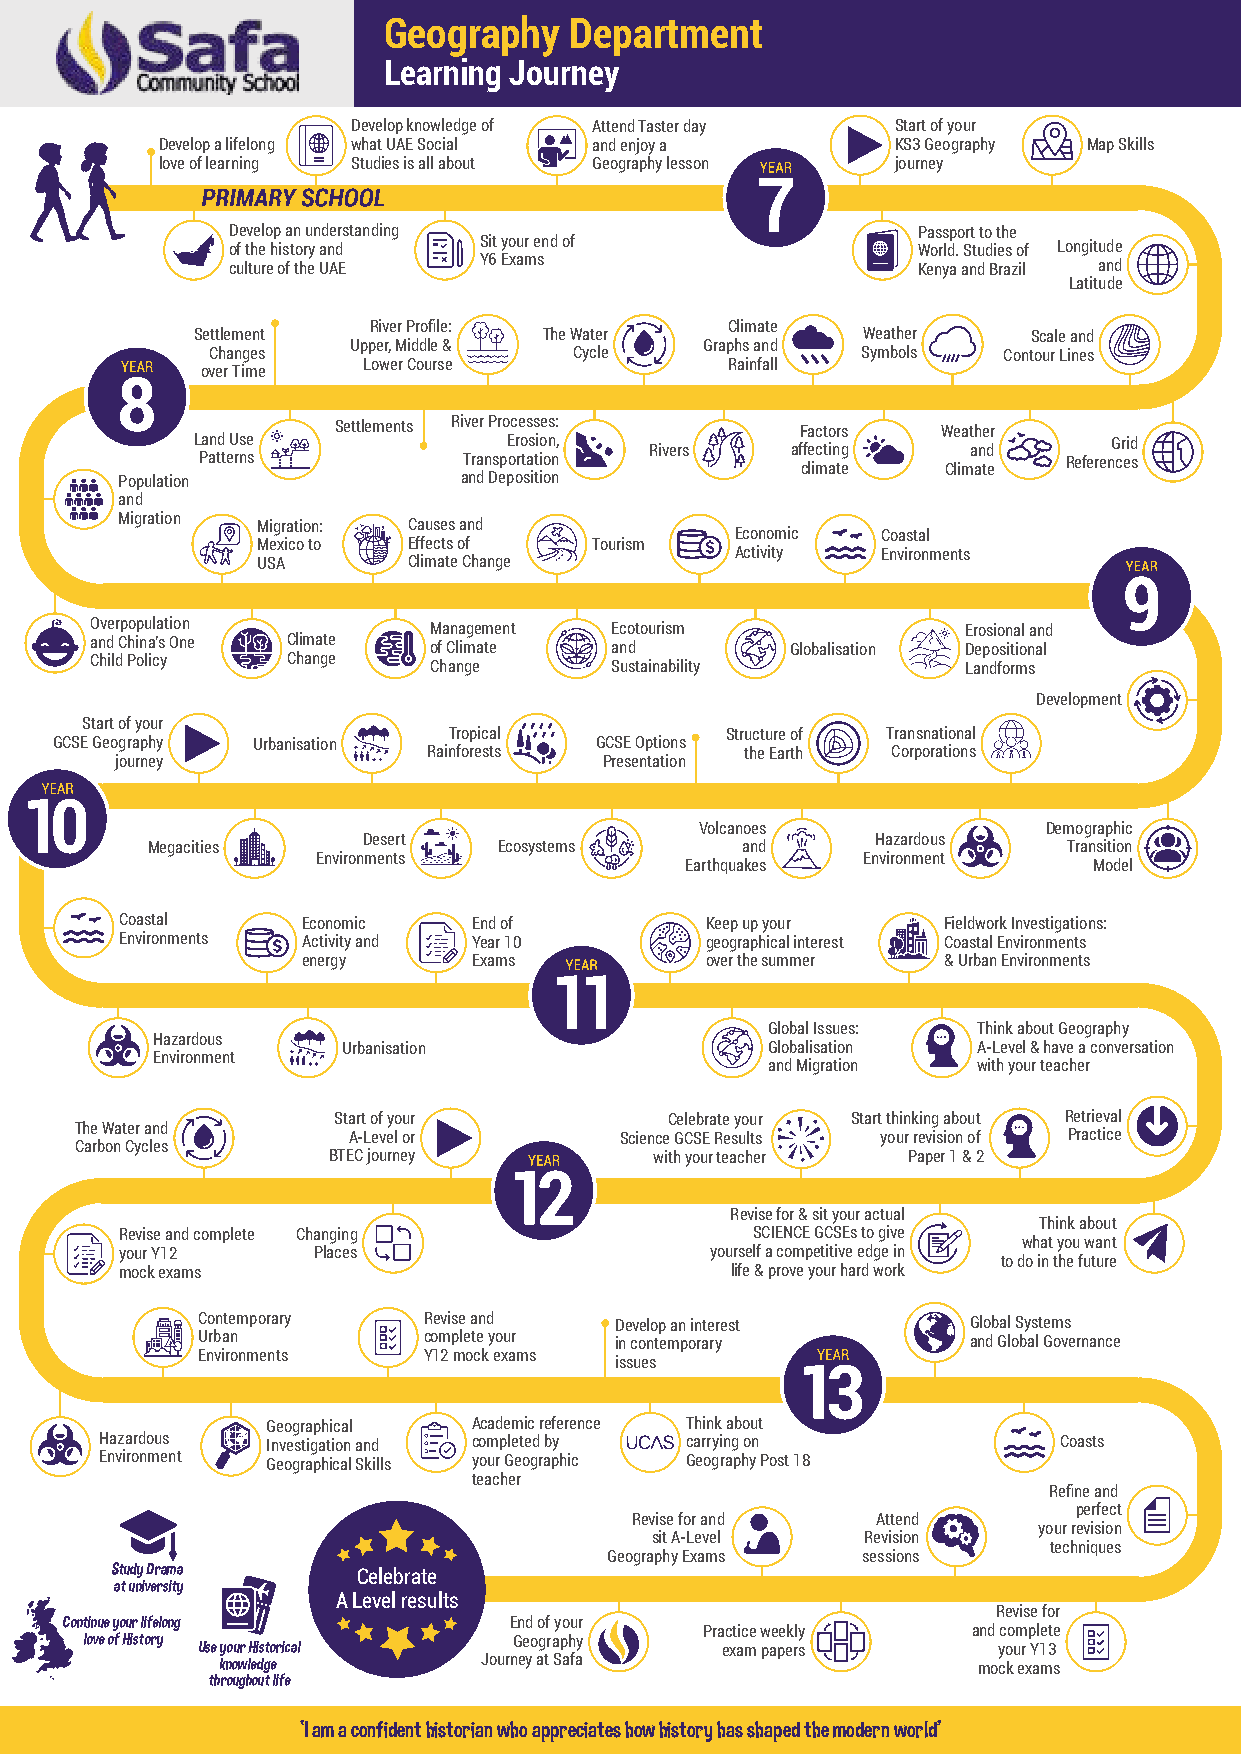
Geography    Department
 Learning Journey
 Develop knowledge of Attend Taster day Start of your
 Develop a lifelong what UAE Social and enjoy a  KS3 Geography Map Skills
 love of learning Studies is all about Geography lesson journey
 Develop an understanding                      Passport to the
 of the history and Sit your end of            World. Studies of Longitude
 culture of the UAE Y6 Exams                   Kenya and Brazil and
 Latitude
 River Profile:          Climate
 Settlement             The Water            Weather    Scale and
 Upper, Middle &         Graphs and
 Changes                 Cycle              Symbols  Contour Lines
 Lower Course            Rainfall
 over Time
 Settlements River Processes:   Factors  Weather
 Land Use             Erosion,                                Grid
 Rivers   affecting   and
 Patterns          Transportation                          References
 climate   Climate
 Population             and Deposition
 and
 Migration Migration: Causes and
 Economic Coastal
 Mexico to Effects of  Tourism
 Activity Environments
 USA       Climate Change
 Overpopulation        Management  Ecotourism              Erosional and
 and China’s One Climate of Climate and        Globalisation Depositional
 Child Policy Change   Change      Sustainability          Landforms
 Development
 Start of your
 Tropical          Structure of Transnational
 GCSE Geography Urbanisation        GCSE Options
 Rainforests          the Earth Corporations
 journey                         Presentation
 Volcanoes              Demographic
 Desert                            Hazardous
 Megacities             Ecosystems      and                   Transition
 Environments                        Environment
 Earthquakes                Model
 Coastal     Economic   End of          Keep up your   Fieldwork Investigations:
 Environments Activity and Year 10      geographical interest Coastal Environments
 energy     Exams           over the summer & Urban Environments
 Global Issues: Think about Geography
 Hazardous
 Urbanisation                Globalisation A-Level & have a conversation
 Environment
 and Migration with your teacher
 Start of your         Celebrate your Start thinking about Retrieval
 The Water and
 A-Level or        Science GCSE Results your revision of Practice
 Carbon Cycles
 BTEC journey         with your teacher Paper 1 & 2
 Revise for & sit your actual
 Think about
 Revise and complete Changing              SCIENCE GCSEs to give
 what you want
 your Y12     Places                    yourself a competitive edge in
 to do in the future
 mock exams                              life & prove your hard work
 Contemporary   Revise and   Develop an interest    Global Systems
 Urban          complete your in contemporary       and Global Governance
 Environments   Y12 mock exams
 issues
 Geographical Academic reference Think about
 Hazardous  Investigation and completed by carrying on          Coasts
 Environment Geographical Skills your Geographic Geography Post 18
 teacher
 Refine and
 perfect
 Revise for and  Attend
 your revision
 sit A-Level   Revision
 techniques
 Geography Exams  sessions
 Study Drama      Celebrate
 at university
 A Level results
 Revise for
 Continue your lifelong        End of your
 Practice weekly  and complete
 love of History Use your Historical Geography exam papers    your Y13
 knowledge         Journey at Safa                  mock exams
 throughout life
 ‘I am a confident historian who appreciates how history has shaped the modern world’